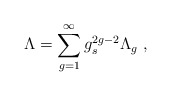
\begin{align*}\Lambda =\sum_{g=1}^\infty g^{2g-2}_s \Lambda_g~,\end{align*}